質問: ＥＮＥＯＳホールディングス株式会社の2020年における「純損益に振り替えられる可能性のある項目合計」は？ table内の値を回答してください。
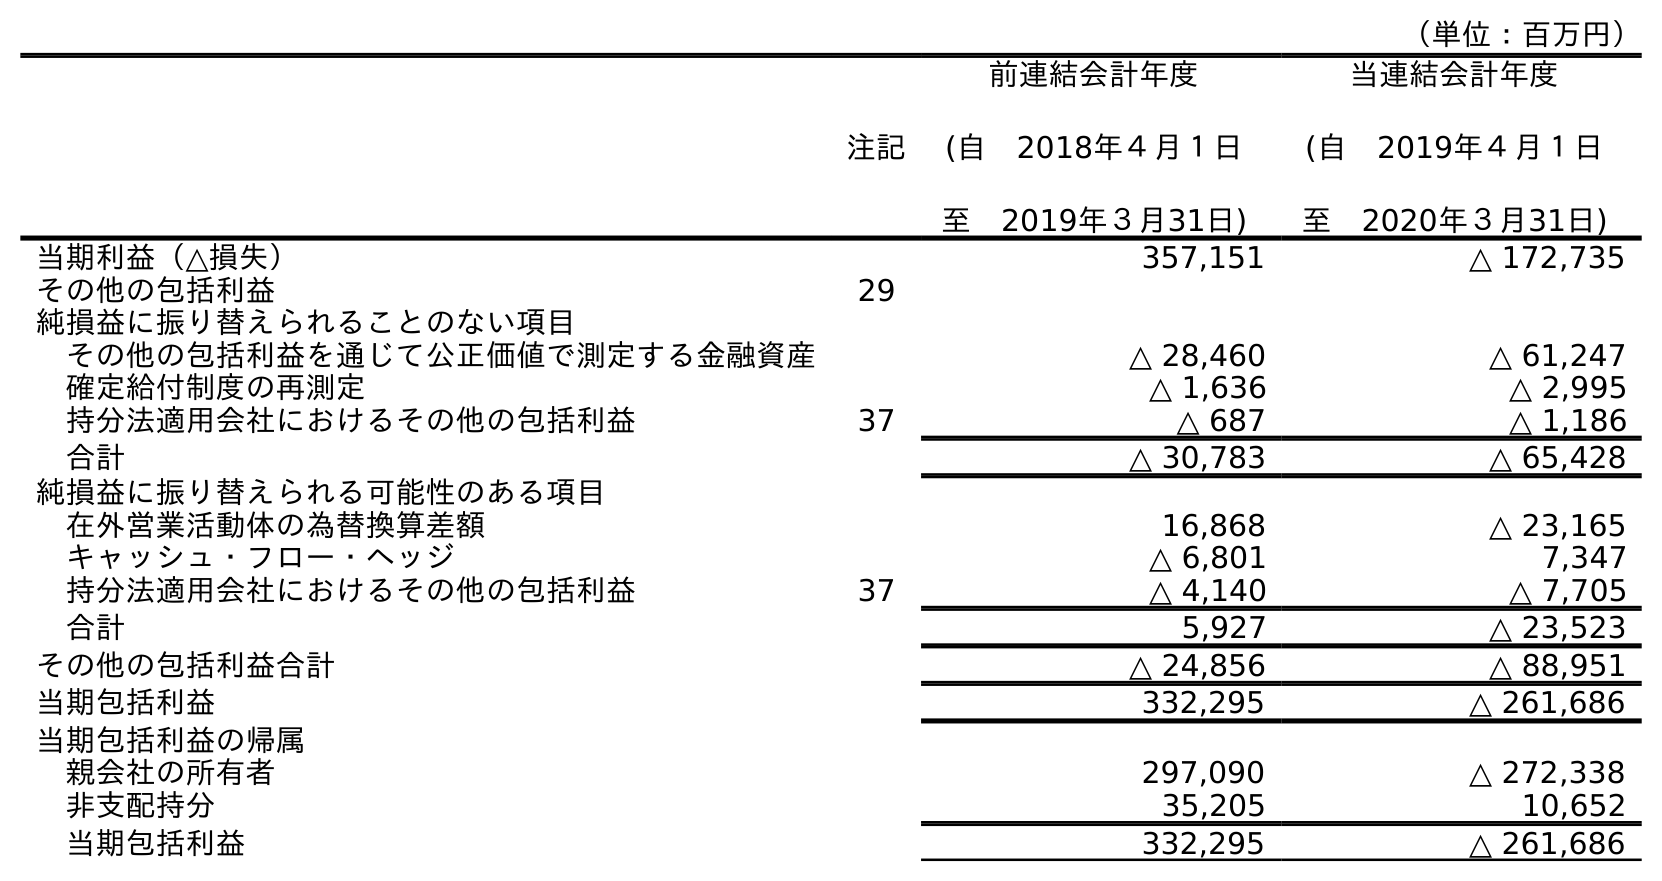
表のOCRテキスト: （単位：百万円） 注記 前連結会計年度 (自 2018年４月１日 至 2019年３月31日) 当連結会計年度 (自 2019年４月１日 至 2020年３月31日) 当期利益（△損失） 357,151 △ 172,735 その他の包括利益 29 純損益に振り替えられることのない項目 その他の包括利益を通じて公正価値で測定する金融資産 △ 28,460 △ 61,247 確定給付制度の再測定 △ 1,636 △ 2,995 持分法適用会社におけるその他の包括利益 37 △ 687 △ 1,186 合計 △ 30,783 △ 65,428 純損益に振り替えられる可能性のある項目 在外営業活動体の為替換算差額 16,868 △ 23,165 キャッシュ・フロー・ヘッジ △ 6,801 7,347 持分法適用会社におけるその他の包括利益 37 △ 4,140 △ 7,705 合計 5,927 △ 23,523 その他の包括利益合計 △ 24,856 △ 88,951 当期包括利益 332,295 △ 261,686 当期包括利益の帰属 親会社の所有者 297,090 △ 272,338 非支配持分 35,205 10,652 当期包括利益 332,295 △ 261,686
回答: △23,523